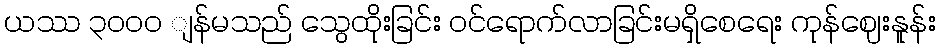
ယဿ ၃၀၀ဝ ျန်မသည် သွေထိုးခြင်း ဝင်ရောက်လာခြင်းမရှိစေရေး ကုန်ဈေးနူန်း